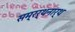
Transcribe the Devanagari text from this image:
सम्रर्थनार्थ